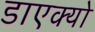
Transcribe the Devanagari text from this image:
डाएक्यो